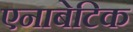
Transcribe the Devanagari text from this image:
एनाबेटिक